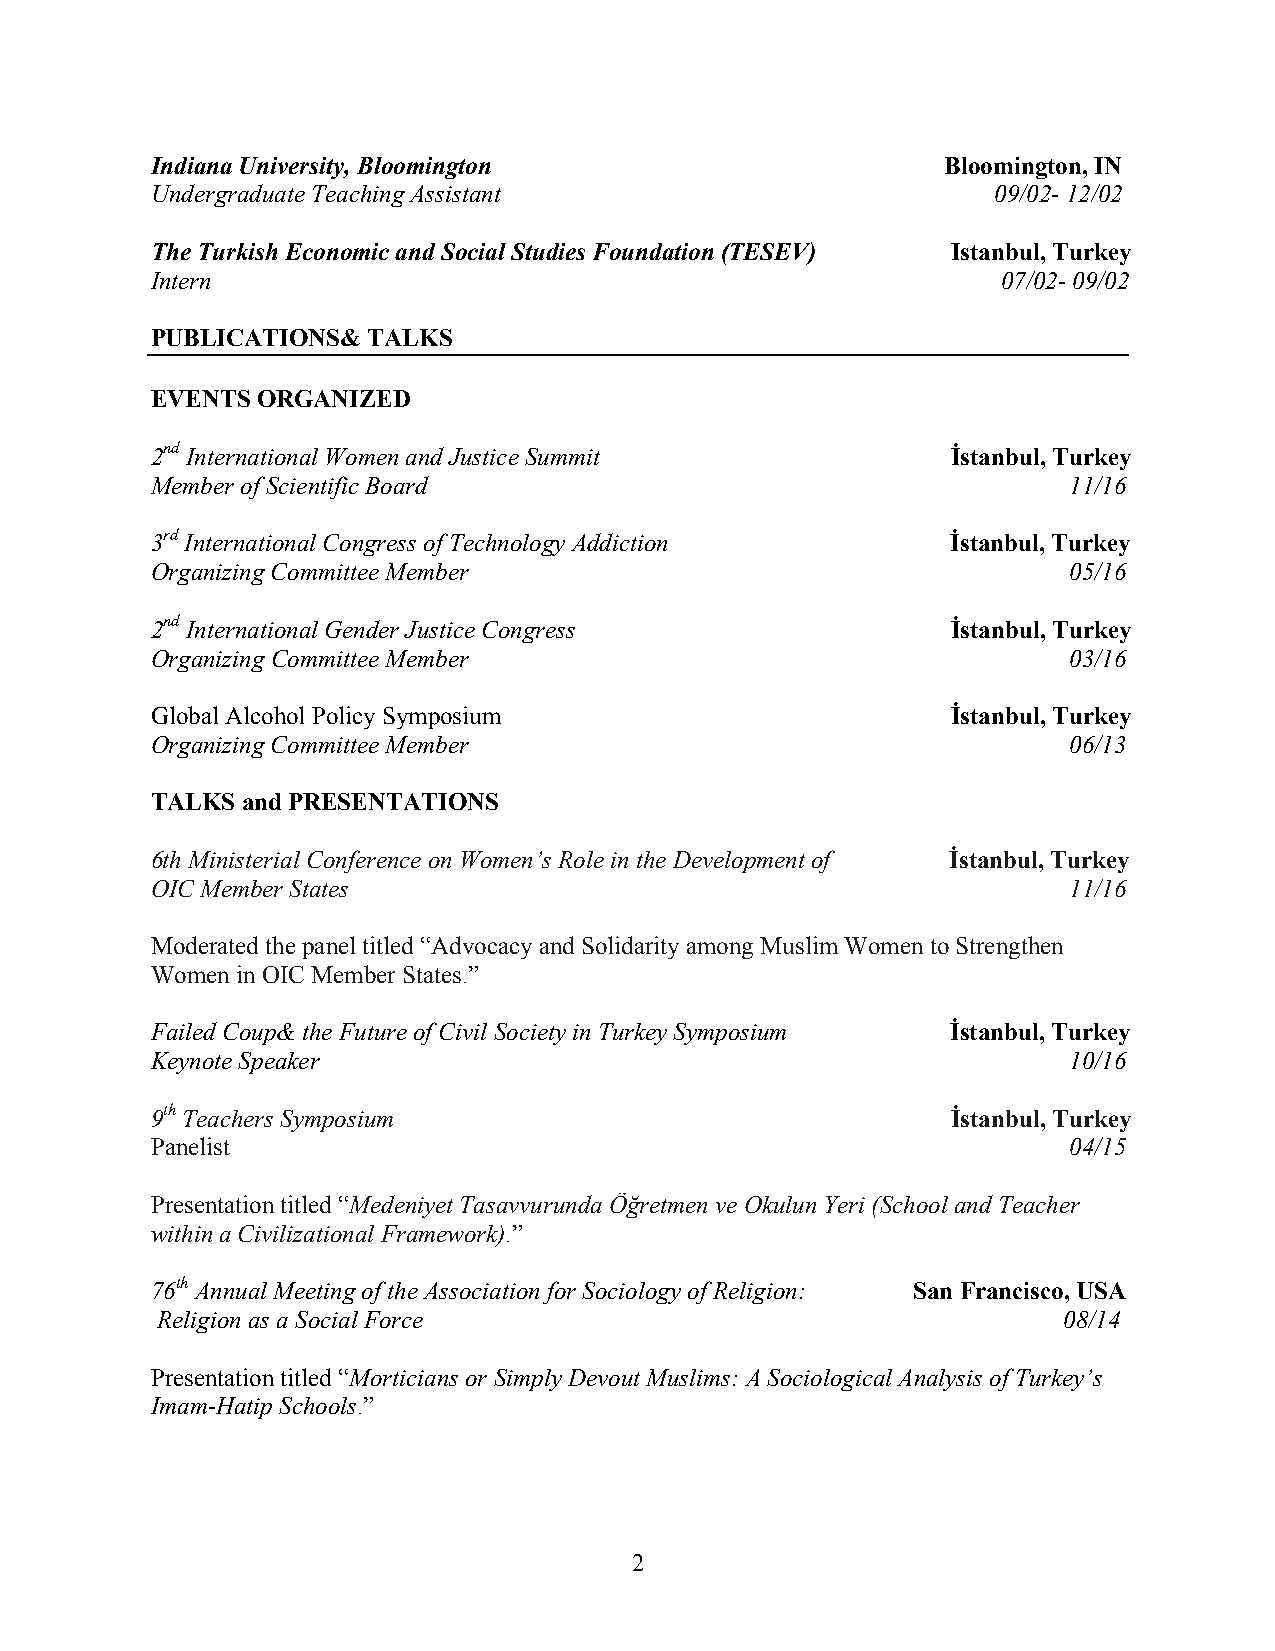
Indiana University, Bloomington                      Bloomington, IN
 Undergraduate Teaching Assistant                        09/02- 12/02
 The Turkish Economic and Social Studies Foundation (TESEV) Istanbul, Turkey
 Intern                                                  07/02- 09/02
 PUBLICATIONS& TALKS
 EVENTS ORGANIZED
 2nd International Women and Justice Summit           İstanbul, Turkey
 Member of Scientific Board                                   11/16
 3rd International Congress of Technology Addiction   İstanbul, Turkey
 Organizing Committee Member                                  05/16
 2nd International Gender Justice Congress            İstanbul, Turkey
 Organizing Committee Member                                  03/16
 Global Alcohol Policy Symposium                      İstanbul, Turkey
 Organizing Committee Member                                  06/13
 TALKS and PRESENTATIONS
 6th Ministerial Conference on Women’s Role in the Development of İstanbul, Turkey
 OIC Member States                                            11/16
 Moderated the panel titled “Advocacy and Solidarity among Muslim Women to Strengthen
 Women in OIC Member States.”
 Failed Coup& the Future of Civil Society in Turkey Symposium İstanbul, Turkey
 Keynote Speaker                                              10/16
 9th Teachers Symposium                               İstanbul, Turkey
 Panelist                                                     04/15
 Presentation titled “Medeniyet Tasavvurunda Öğretmen ve Okulun Yeri (School and Teacher
 within a Civilizational Framework).”
 76th Annual Meeting of the Association for Sociology of Religion: San Francisco, USA
 Religion as a Social Force                                  08/14
 Presentation titled “Morticians or Simply Devout Muslims: A Sociological Analysis of Turkey’s
 Imam-Hatip Schools.”
 2